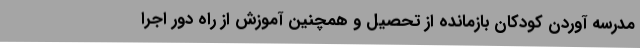
مدرسه آوردن کودکان بازمانده از تحصیل و همچنین آموزش از راه دور اجرا